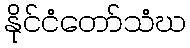
နိုင်ငံတော်သံဃ